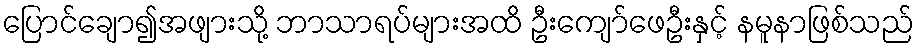
ပြောင်ချော၍အဖျားသို့ ဘာသာရပ်များအထိ ဦးကျော်ဖေဦးနှင့် နမူနာဖြစ်သည်